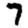
Digit: 7